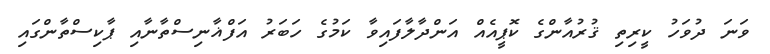
ވަނަ ދުވަހު ކީރިތި ޤުރުއާންގެ ކޮޕީއެއް އަންދާލާފައިވާ ކަމުގެ ހަބަރު އަފްޣާނިސްތާނާއި ޕާކިސްތާންގައި